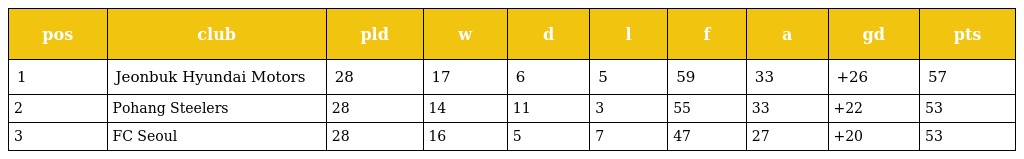
| pos | club | pld | w | d | l | f | a | gd | pts |
 | --- | --- | --- | --- | --- | --- | --- | --- | --- | --- |
 | 1 | Jeonbuk Hyundai Motors | 28 | 17 | 6 | 5 | 59 | 33 | +26 | 57 |
 | 2 | Pohang Steelers | 28 | 14 | 11 | 3 | 55 | 33 | +22 | 53 |
 | 3 | FC Seoul | 28 | 16 | 5 | 7 | 47 | 27 | +20 | 53 |